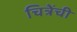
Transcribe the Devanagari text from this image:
चित्रेंची